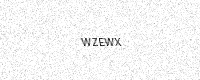
Text: WZEWX